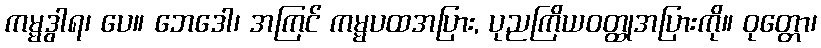
ကမ္မဒွါရ၊ ပေ။ ဘေဒေါ၊ အကြင် ကမ္မပထအပြား, ပုညကြိယဝတ္ထုအပြားကို။ ဝုတ္တော၊